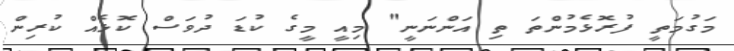
މަގުމަތީ ފުރޮޅެމުންތަ ތި އަންނަނީ" މިއީ މީގެ ކުޑަ ދުވަސް ކޮޅެއް ކުރިން